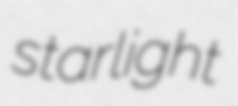
starlight